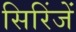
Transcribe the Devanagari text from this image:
सिरिंजें